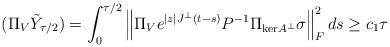
LaTeX: \begin{align*}\begin{aligned}(\Pi_V \tilde{Y}_{\tau/2}) &= \int_0^{\tau/2} \left\| \Pi_V e^{|z| J^\perp (t-s)}P^{-1}\Pi_{\mathrm{ker}A^\perp} \sigma \right\|_F^2 ds \ge c_1 \tau\end{aligned}\end{align*}